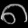
Digit: ၈